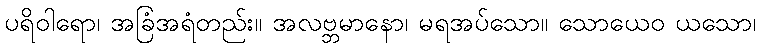
ပရိဝါရော၊ အခြံအရံတည်း။ အလဗ္ဘမာနော၊ မရအပ်သော။ သောယေဝ ယသော၊